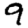
Digit: 9